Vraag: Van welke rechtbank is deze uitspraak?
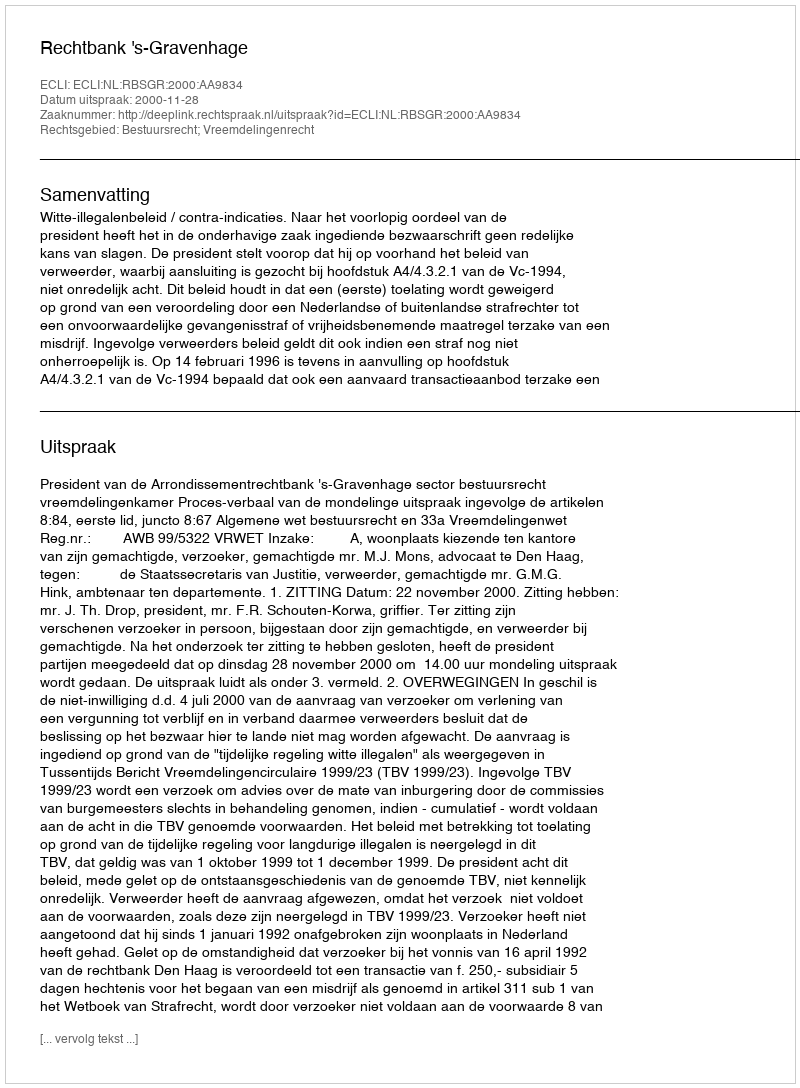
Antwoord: Rechtbank 's-Gravenhage